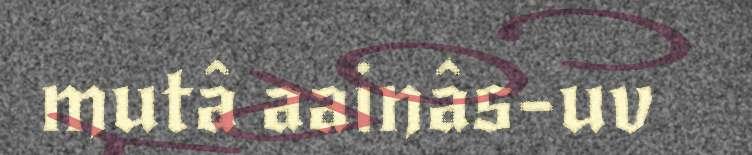
mutâ aainâs-uv